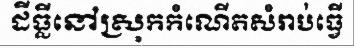
ដីធ្លីនៅស្រុកកំណើតសំរាប់ធ្វើ